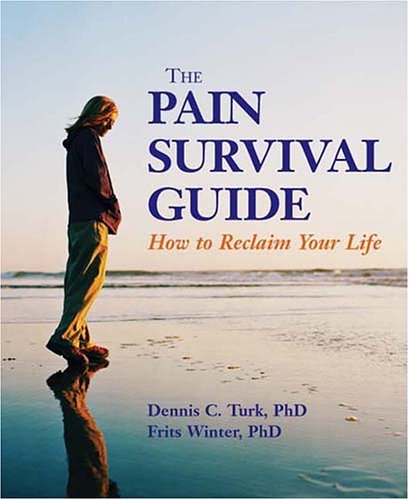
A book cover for The Pain Survival Guide: How to Reclaim Your Life (APA Lifetools); Dennis C. Turk; Health, Fitness & Dieting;